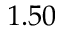
1 . 5 0